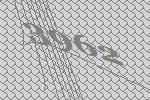
3962